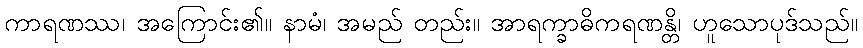
ကာရဏဿ၊ အကြောင်း၏။ နာမံ၊ အမည် တည်း။ အာရက္ခာဓိကရဏန္တိ၊ ဟူသောပုဒ်သည်။